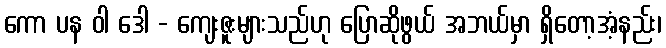
ကော ပန ဝါ ဒေါ - ကျေးဇူးများသည်ဟု ပြောဆိုဖွယ် အဘယ်မှာ ရှိတော့အံ့နည်း၊